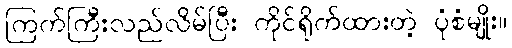
ကြက်ကြီးလည်လိမ်ပြီး ကိုင်ရိုက်ထားတဲ့ ပုံစံမျိုး။